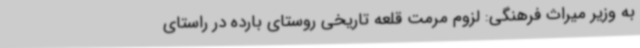
به وزیر میراث فرهنگی: لزوم مرمت قلعه تاریخی روستای بارده در راستای